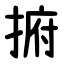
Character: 捬